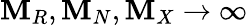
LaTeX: \mathbf{M}_{R},\mathbf{M}_{N},\mathbf{M}_{X}\rightarrow\infty